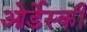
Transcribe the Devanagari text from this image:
ओर्डेस्की